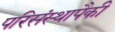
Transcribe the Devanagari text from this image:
परिसंस्थापैकी